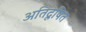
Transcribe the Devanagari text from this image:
अतिदूषित